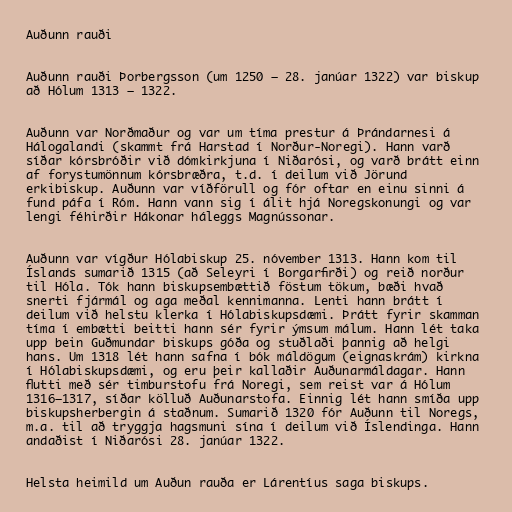
Auðunn rauði

Auðunn rauði Þorbergsson (um 1250 – 28. janúar 1322) var biskup
að Hólum 1313 – 1322.

Auðunn var Norðmaður og var um tíma prestur á Þrándarnesi á
Hálogalandi (skammt frá Harstad í Norður-Noregi). Hann varð
síðar kórsbróðir við dómkirkjuna í Niðarósi, og varð brátt einn
af forystumönnum kórsbræðra, t.d. í deilum við Jörund
erkibiskup. Auðunn var víðförull og fór oftar en einu sinni á
fund páfa í Róm. Hann vann sig í álit hjá Noregskonungi og var
lengi féhirðir Hákonar háleggs Magnússonar.

Auðunn var vígður Hólabiskup 25. nóvember 1313. Hann kom til
Íslands sumarið 1315 (að Seleyri í Borgarfirði) og reið norður
til Hóla. Tók hann biskupsembættið föstum tökum, bæði hvað
snerti fjármál og aga meðal kennimanna. Lenti hann brátt í
deilum við helstu klerka í Hólabiskupsdæmi. Þrátt fyrir skamman
tíma í embætti beitti hann sér fyrir ýmsum málum. Hann lét taka
upp bein Guðmundar biskups góða og stuðlaði þannig að helgi
hans. Um 1318 lét hann safna í bók máldögum (eignaskrám) kirkna
í Hólabiskupsdæmi, og eru þeir kallaðir Auðunarmáldagar. Hann
flutti með sér timburstofu frá Noregi, sem reist var á Hólum
1316–1317, síðar kölluð Auðunarstofa. Einnig lét hann smíða upp
biskupsherbergin á staðnum. Sumarið 1320 fór Auðunn til Noregs,
m.a. til að tryggja hagsmuni sína í deilum við Íslendinga. Hann
andaðist í Niðarósi 28. janúar 1322.

Helsta heimild um Auðun rauða er Lárentíus saga biskups.